Document type: payment_order
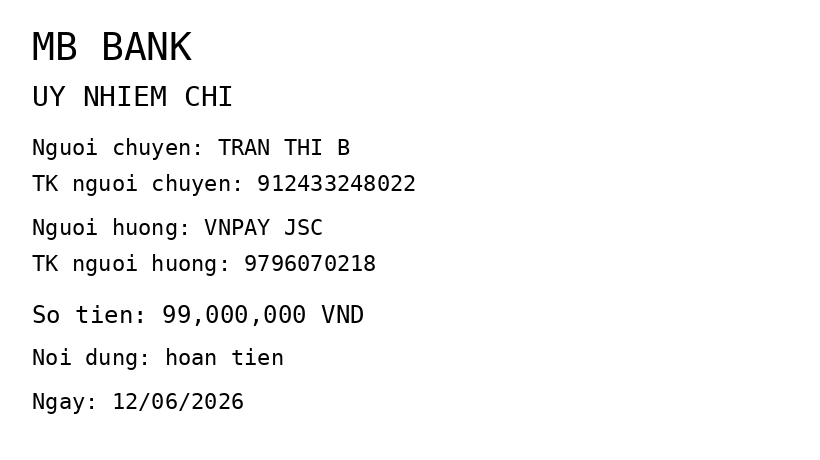
OCR transcript:
MB BANK
UY NHIEM CHI
Nguoi chuyen: TRAN THI B
TK nguoi chuyen: 912433248022
Nguoi huong: VNPAY JSC
TK nguoi huong: 9796070218
So tien: 99,000,000 VND
Noi dung: hoan tien
Ngay: 12/06/2026
Extracted fields:
bank_name: mb bank
sender_name: tran thi b
sender_account: 912433248022
beneficiary_name: vnpay jsc
beneficiary_account: 9796070218
amount: 99000000
content: hoan tien
date: 2026-06-12